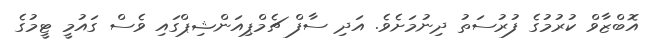
އޮބްޒާވް ކުރުމުގެ ފުރުސަތު ދިނުމަށެވެ. އަދި ސާފް ޗެމްޕިއަންޝިޕްގައި ވެސް ގައުމީ ޓީމުގެ